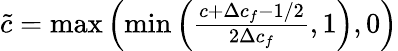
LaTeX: \begin{array}{r}{\tilde{c}=\operatorname*{max}\left(\operatorname*{min}\left(\frac{c+\Delta c_{f}-1/2}{2\Delta c_{f}},1\right),0\right)}\end{array}